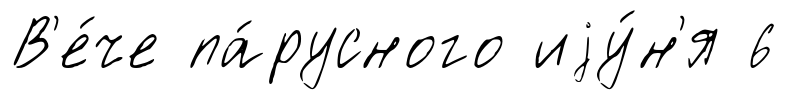
В'е́че па́русного иjу́н'я 6